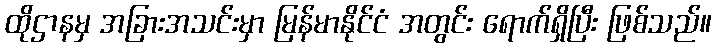
ထိုဌာနမှ အခြားအသင်းမှာ မြန်မာနိုင်ငံ အတွင်း ရောက်ရှိပြီး ဖြစ်သည်။